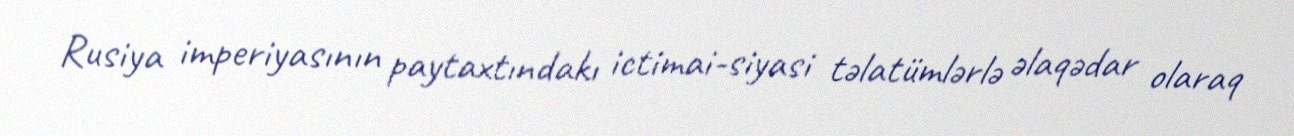
Rusiya imperiyasının paytaxtındakı ictimai-siyasi təlatümlərlə əlaqədar olaraq